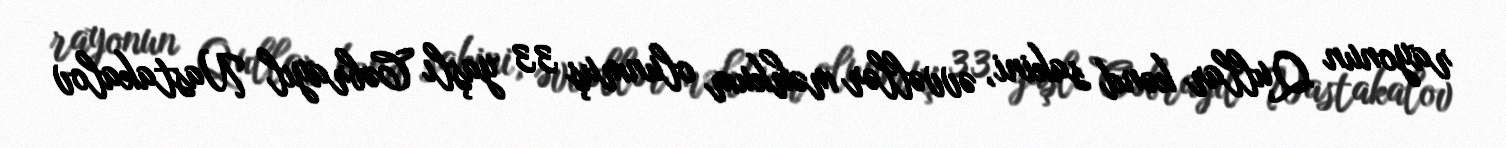
rayonun Qullar kənd sakini, əvvəllər məhkum olunmuş 33 yaşlı Cəbrayıl Nastakalov